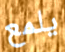
يلمع